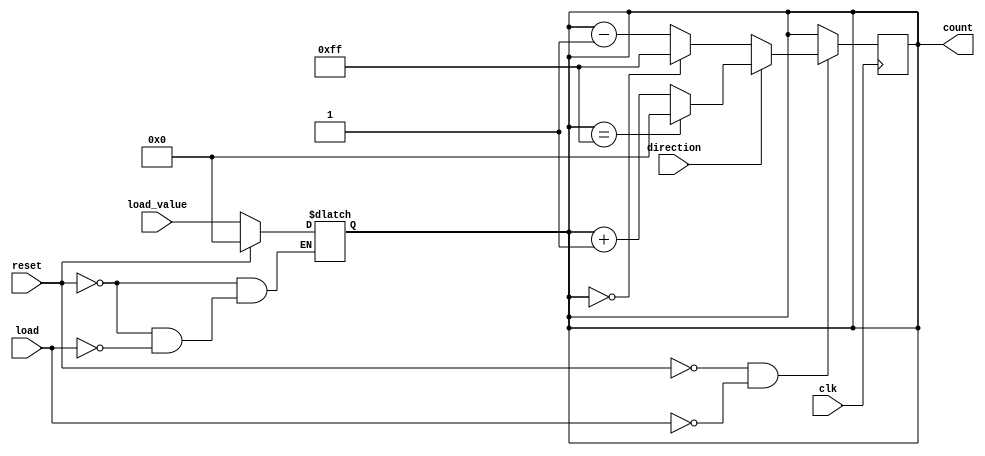
module async_load_counter #(
    parameter WIDTH = 8 // Parameter to define the width of the counter
)(
    input wire clk,                // Clock signal
    input wire load,               // Active-high load signal
    input wire reset,              // Active-high reset signal
    input wire direction,          // Counting direction (1 for up, 0 for down)
    input wire [WIDTH-1:0] load_value, // Value to load into the counter
    output reg [WIDTH-1:0] count   // Current count value
);

    // Asynchronous reset and load
    always @(*) begin
        if (reset) begin
            count = 0; // Reset the counter to zero
        end else if (load) begin
            count = load_value; // Load the specified value
        end
    end

    // Synchronous counting on the rising edge of the clock
    always @(posedge clk) begin
        if (!reset && !load) begin
            if (direction) begin
                // Increment the counter with wrap-around
                count <= (count == {WIDTH{1'b1}}) ? 0 : count + 1;
            end else begin
                // Decrement the counter with wrap-around
                count <= (count == 0) ? {WIDTH{1'b1}} : count - 1;
            end
        end
    end

endmodule